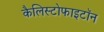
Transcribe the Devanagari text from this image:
कैलिस्टोफाइटॉन